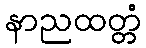
နာညထတ္တံ